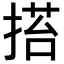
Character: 𢰥